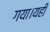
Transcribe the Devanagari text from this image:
गया।यहीं